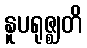
နူပရုဇ္ဈတိ